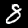
Digit: 8